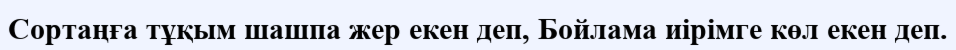
Сортаңға тұқым шашпа жер екен деп, Бойлама иірімге көл екен деп.